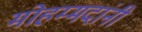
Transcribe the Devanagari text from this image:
मोहम्मदांनी